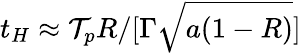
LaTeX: t_{H}\approx\mathcal{T}_{p}R/[\Gamma\sqrt{a(1-R)}]